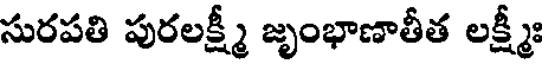
సురపతి పురలక్ష్మీ జృంభాణాతీత లక్ష్మీః